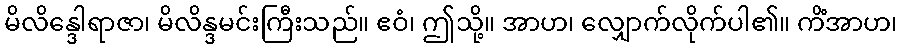
မိလိန္ဒေါရာဇာ၊ မိလိန္ဒမင်းကြီးသည်။ ဧဝံ၊ ဤသို့။ အာဟ၊ လျှောက်လိုက်ပါ၏။ ကိံအာဟ၊